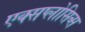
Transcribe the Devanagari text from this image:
एक्सप्लोसिव्स